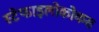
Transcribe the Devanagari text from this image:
स्टेफाइलोकोकस